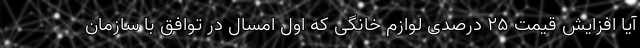
آیا افزایش قیمت ۲۵ درصدی لوازم خانگی که اول امسال در توافق با سازمان